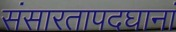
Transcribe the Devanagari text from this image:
संसारतापदघानां